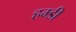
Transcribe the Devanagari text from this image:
हम्डी